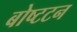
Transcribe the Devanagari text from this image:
बोष्टटन